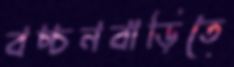
বচ্চনবাড়িতে